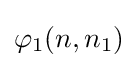
\varphi _{1}(n,n_{1})